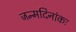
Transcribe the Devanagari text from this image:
जन्मदिनांकः